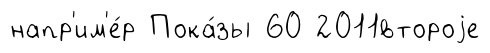
напр'им'е́р Пока́зы 60 2011второjе